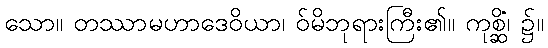
သော။ တဿာမဟာဒေဝိယာ၊ ဝ်မိဘုရားကြီး၏။ ကုစ္ဆိံ၊ ၌။